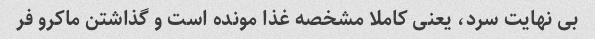
بی نهایت سرد، یعنی کاملا مشخصه غذا مونده است و گذاشتن ماکرو فر